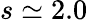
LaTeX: s\simeq 2.0